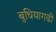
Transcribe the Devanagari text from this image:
बुधियागढी